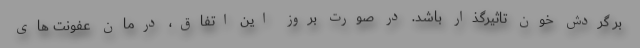
بر گردش خون تاثیرگذار باشد. در صورت بروز این اتفاق، درمان عفونت های